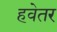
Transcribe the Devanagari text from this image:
हवेतर